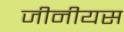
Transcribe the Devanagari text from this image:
जीनीयस